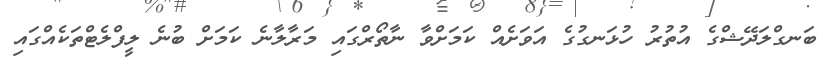
ބަނގްލަދޭޝްގެ އުތުރު ހުޅަނގުގެ އަވަށެއް ކަމަށްވާ ނާތޯރްގައި މަރާލާނެ ކަމަށް ބުނެ ލީފްލެޓްތަކެއްގައި